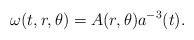
LaTeX: \begin{align*}\omega(t,r,\theta) = A(r,\theta) a^{-3}(t).\end{align*}